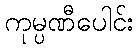
ကုမ္ပဏီပေါင်း